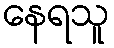
နေရသူ